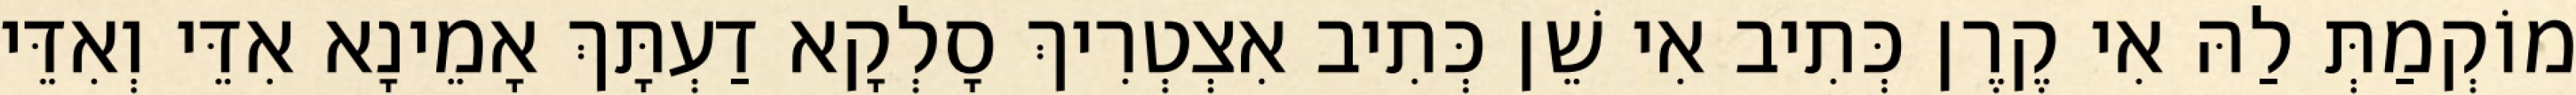
מוֹקְמַתְּ לַהּ אִי קֶרֶן כְּתִיב אִי שֵׁן כְּתִיב אִצְטְרִיךְ סָלְקָא דַעְתָּךְ אָמֵינָא אִדֵּי וְאִדֵּי